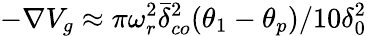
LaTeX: -\nabla V_{g}\approx\pi\omega_{r}^{2}\bar{\delta}_{co}^{2}(\theta_{1}-\theta_{p})/10\delta_{0}^{2}